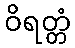
ဝိရတ္တံ